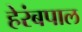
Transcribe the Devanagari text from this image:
हेरंबपाल